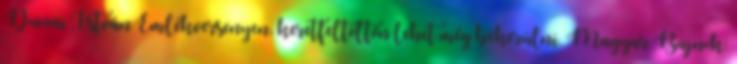
Dunai István Emlékversenyen, keretfeltöltőn lehet még bekerülni. Magyar Bajnok: